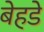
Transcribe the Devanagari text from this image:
बेहडे